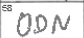
Transcription: ODN